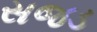
સજડ